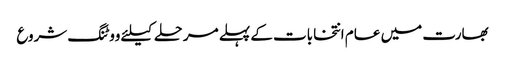
بھارت میں عام انتخابات کے پہلے مرحلے کیلئے ووٹنگ شروع